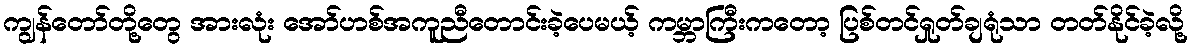
ကျွန်တော်တို့တွေ အားလုံး အော်ဟစ်အကူညီတောင်းခဲ့ပေမယ့် ကမ္ဘာကြီးကတော့ ပြစ်တင်ရှုတ်ချရုံသာ တတ်နိုင်ခဲ့လို့